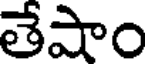
తేషాం